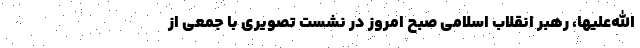
‌الله‌علیها، رهبر انقلاب اسلامی صبح امروز در نشست تصویری با جمعی از